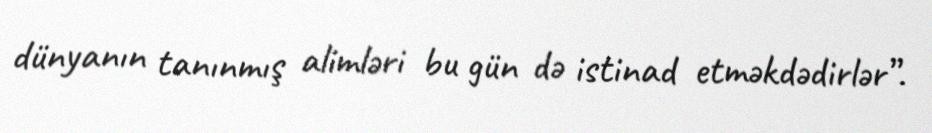
dünyanın tanınmış alimləri bu gün də istinad etməkdədirlər”.